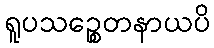
ရူပသဉ္စေတနာယပိ